Leaving Certificate Examination, 1908
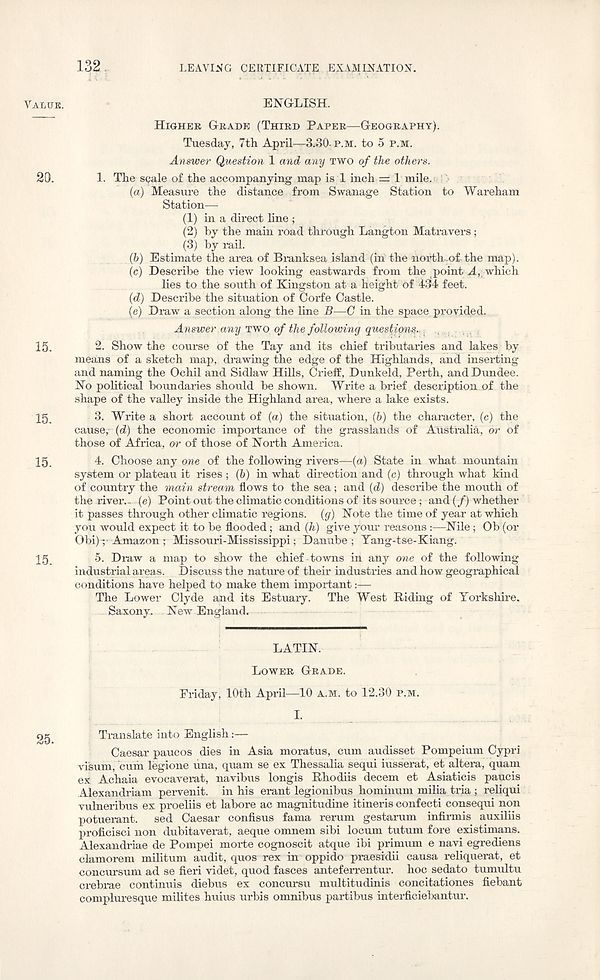
132.
LEAVING CERTIFICATE EXAMINATION.
VALUE.
ENGLISH.
HIGHER GRADE (THIRD PAPER—GEOGRAPHY).
Tuesday, 7th April—3.30- P.M. to 5 P.M.
Answer Question 1 and any TWO of the others.
20.
1. The scale of the accompanying map is 1 inch = 1 mile.
(а) Measure the distance from Swanage Station to Wareham
Station—
(1) in a direct line ;
(2) by the main road through Langton Matravers;
(3) by rail.
(б) Estimate the area of Branksea island (in the north .of the map).
(c) Describe the view looking eastwards from the point A, which
lies to the south of Kingston at a height of 434 feet.
(d) Describe the situation of Corfe Castle.
(e) Draw a section along the line B—C in the space provided.
Answer any TWO. of the> following questions..
15.
2. Show the course of the Tay and its chief tributaries and lakes by
means of a sketch map, drawing the edge of the Highlands, and inserting
and naming the Ochil and Sidlaw Hills, Crieff, Dunkeld, Perth, and Dundee.
No political boundaries should be shown. Write a brief description of the
shape of the valley inside the Highland area, where a lake exists.
15.
3. Write a short account of (a) the situation, (b) the character, (c) the
cause, (d) the economic importance of the grasslands of Australia, or of
those of Africa, or of those of North America.
15.
4. Choose any one of the following rivers—(a) State in what mountain
system or plateau it rises ; (b) in what direction and (c) through what kind
of country the main stream flows to the sea; and (d) describe the mouth of
the river- (e) Point out the climatic conditions of its source; and (/) whether
it passes through other climatic regions, (g) Note the time of year at which
you would expect it to be flooded; and (h) give your reasons:—Nile; Ob (or
Obi) ; Amazon: Missouri-Mississippi: Danube ; Yang-tse-Kiang.
15
5. Draw a map to show the chief towns in any one of the following
industrial areas. Discuss the nature of their industries and how geographical
conditions have helped to make them important:—
The Lower Clyde and its Estuary. The West Riding of Yorkshire.
Saxony. . New England.
LATIN.
LOWER GRADE.
Friday, 10th April—10 A.M. to 12.30 P.M.
I.
Translate into English:—
Caesar paucos dies in Asia moratus, cum audisset Pompeium Cypri
visum, cum legione una, quam se ex Thessalia sequi iusserat, et altera, quam
ex Achaia evocaverat, navibus longis Rhodiis decern et Asiaticis paucis
Alexandriam pervenit. in his erant legionibus hominum milia tria ; reliqui
vulneribus ex proeliis et labore ac magnitudine itineris confecti consequi non
potuerant. sed Caesar confisus fama rerum gestarum infirmis auxiliis
proficisci non dubitaverat, aeque omnem sibi locum tutum fore existimans.
Alexandriae de Pompei morte cognoscit atque ibi primum e navi egrediens
clamorem militum audit, quos rex in oppido praesrdii causa reliquerat, et
concursum ad se fieri videt, quod fasces anteferrentur. hoc sedato tumultu
crebrae continuis diebus ex concursu multitudinis concitationes fiebant
compluresque milites huius urbis omnibus partibus interficiebantur.